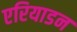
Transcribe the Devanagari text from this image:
एरियाडन